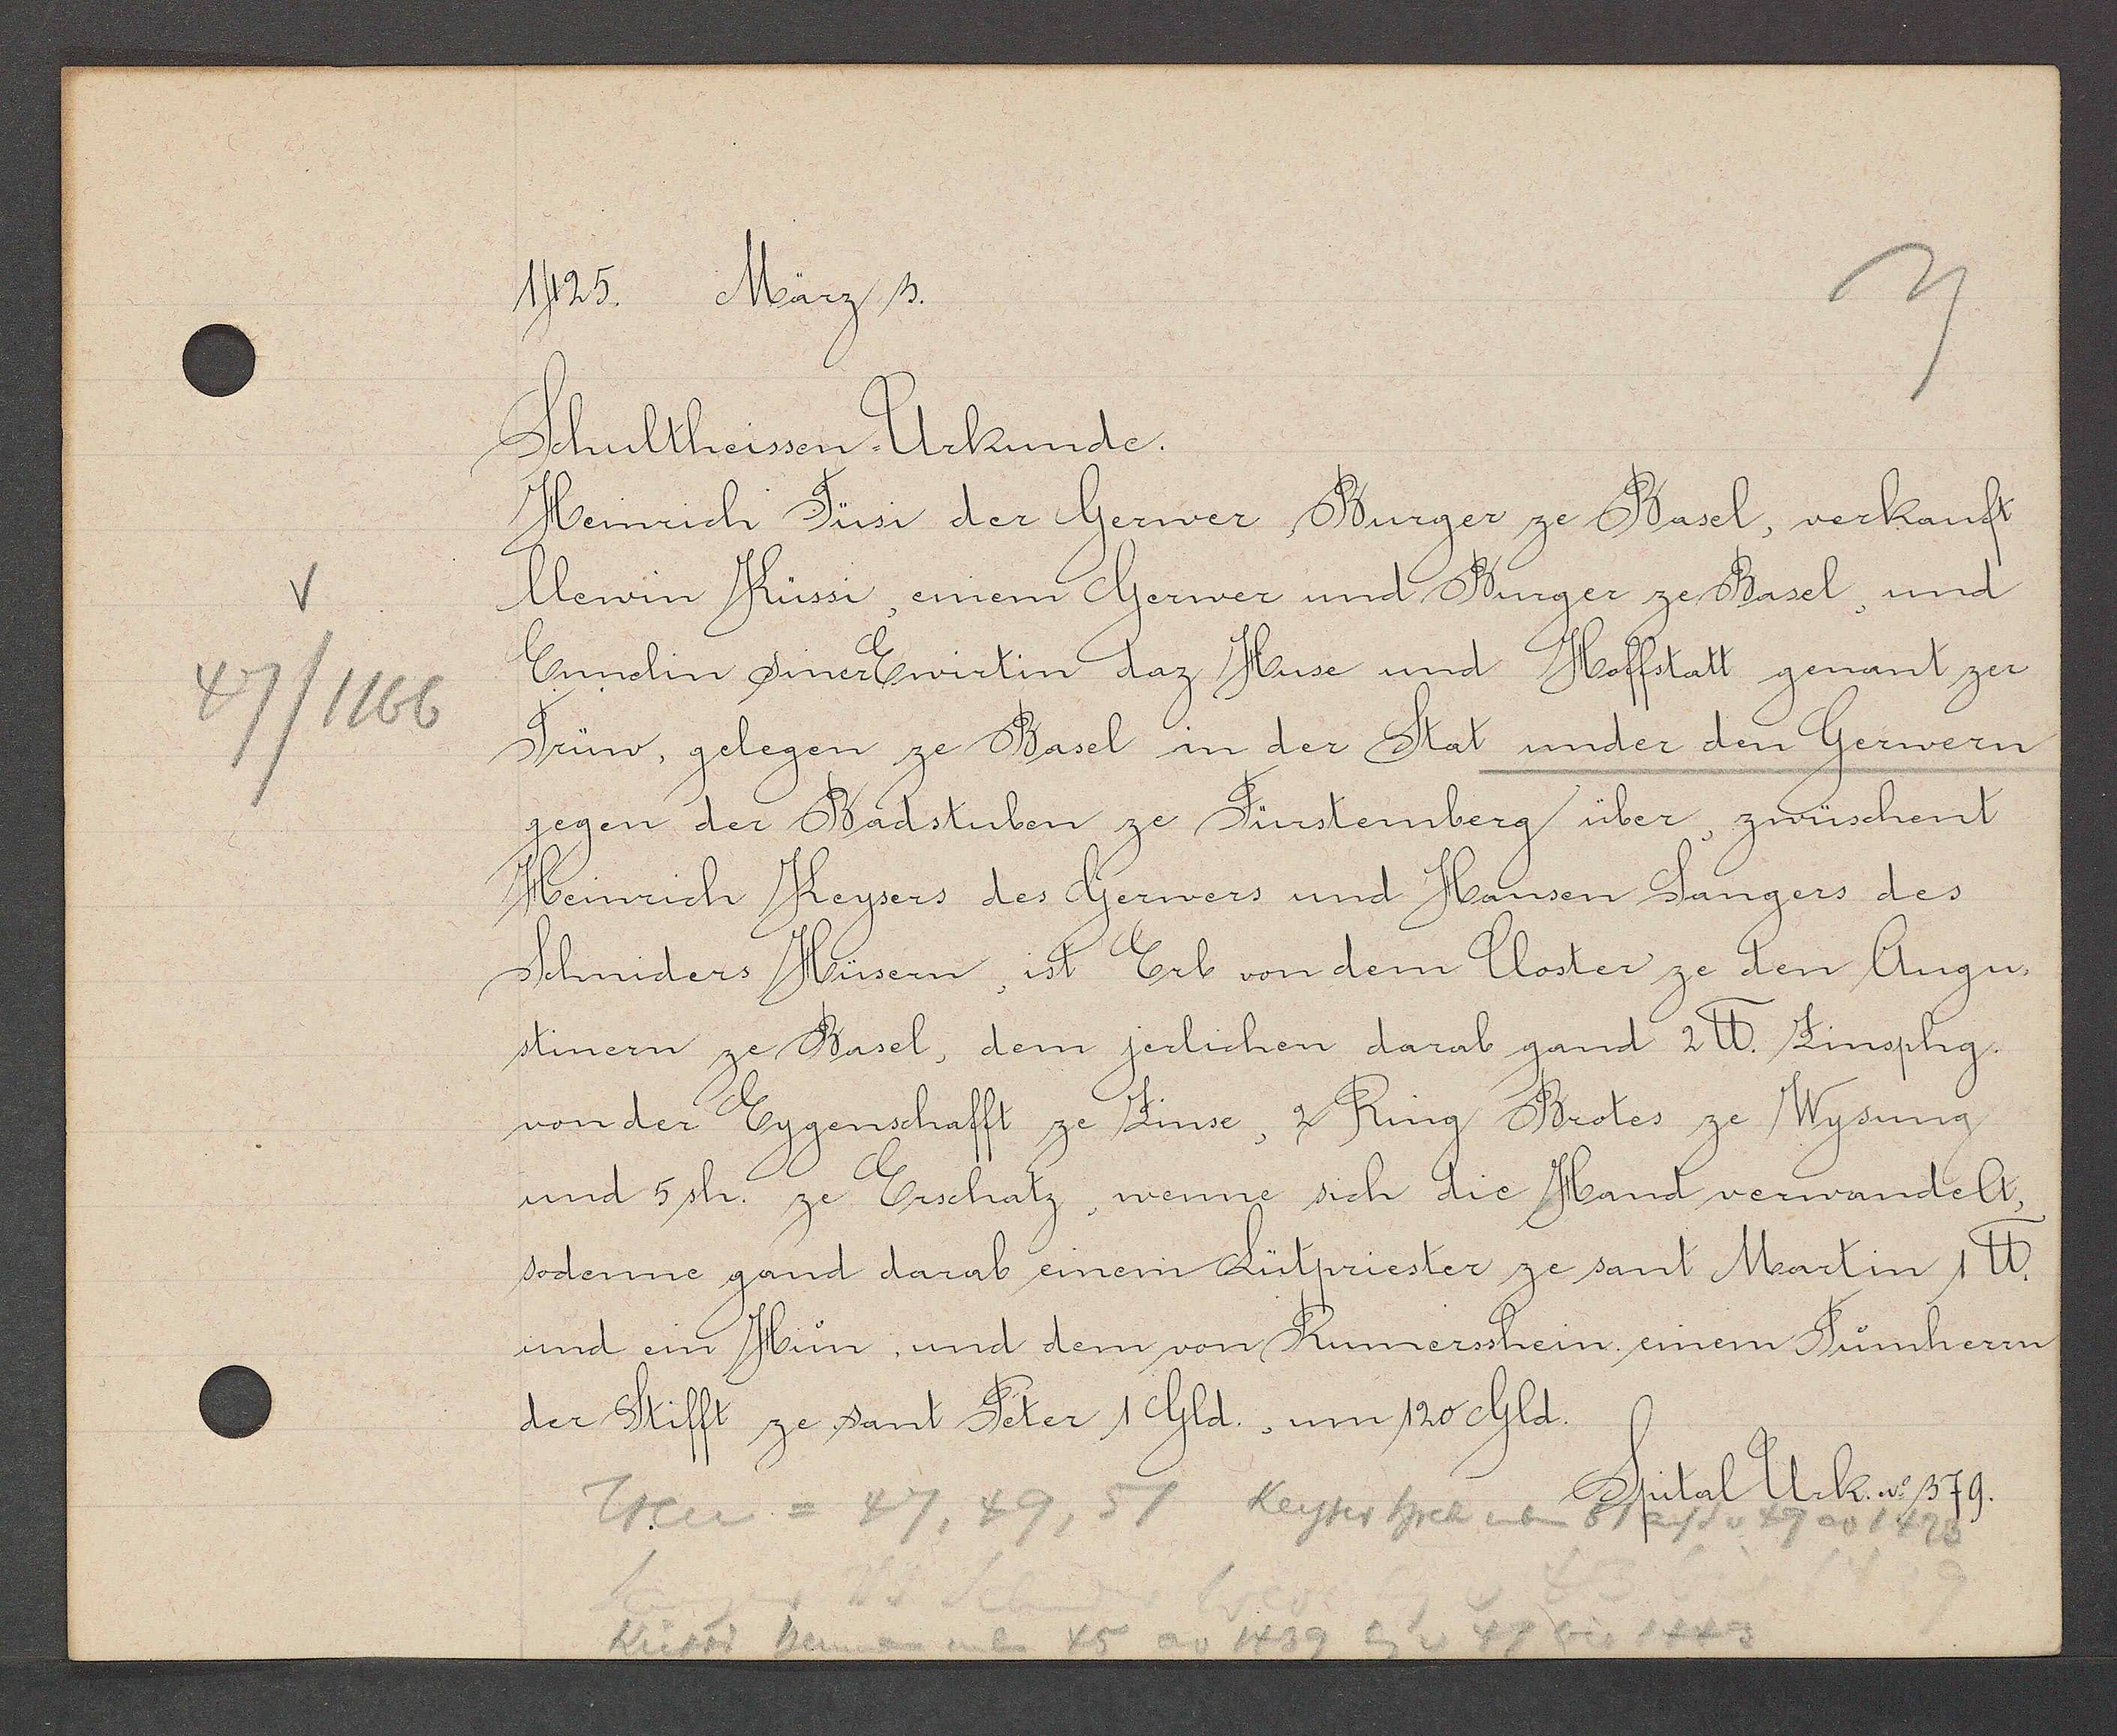
Transcript:
47/1166

1425. März 3.

Schultheissen Urkunde.
Heinrich Tüsi der Gerwer, Burger ze Basel, verkauft
Clewin Küssi, einem Gerwer und Burger ze Basel, und
Ennelin siner Erwirtin daz Huse und Hoffstatt genant zer
Trüw, gelegen ze Basel in der Stat under den Gerwern
gegen der Badstuben ze Fürstenberg über, zwüschent
Heinrich Keysers des Gerwers und Hansen Sangers des
Schniders Hüsern, ist Erb von dem Closter ze den Augu¬
stinern ze Basel, dem jerlichen darab gand 2℔. Zinsphg.
von der Eygenschafft ze Zinse, 2 Ring Brotes ze Wysung,
und 5 sh. ze Erschatz, wenne sich die Hand verwandelt,
sodenne gand darab einem Lütpriester ze sant Martin 1℔.
und ein Hün und dem von Rumersshein, einem Tumherrn
der Stifft ze sant Peter 1 Gld, um 120 Gld.

Treu = 47, 49, 51 Keyser hrch neben 51 auf S v 49 ao 1423
Küssi hansen neben 45 ao 1439 Eig v 47 bis 1443

Spital Urk. No 379.